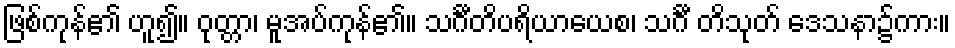
ဖြစ်ကုန်၏ ဟူ၍။ ဝုတ္တာ၊ မူအပ်ကုန်၏။ သင်္ဂီတိပရိယာယေစ၊ သင်္ဂီ တိသုတ် ဒေသနာ၌ကား။